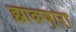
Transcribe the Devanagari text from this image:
झाकणारा